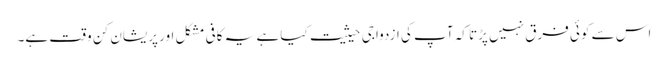
اس سے کوئی فرق نہیں پڑتا کہ آپ کی ازدواجی حیثیت کیا ہے یہ کافی مشکل اور پریشان کن وقت ہے۔